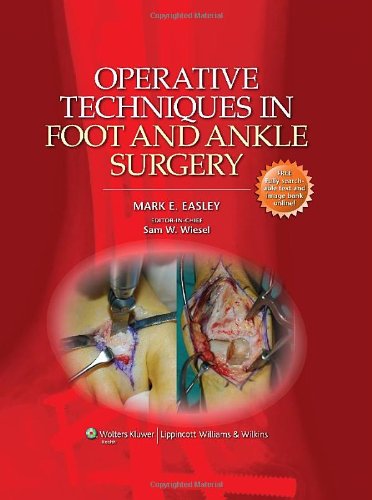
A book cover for Operative Techniques in Foot and Ankle Surgery (Operative Techniques in Orthopaedic Surgery); Mark E. Easley MD; Medical Books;